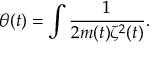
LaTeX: \theta ( t ) = \int \frac { 1 } { 2 m ( t ) \zeta ^ { 2 } ( t ) } .